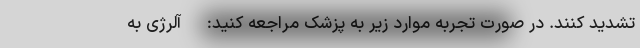
تشدید کنند. در صورت تجربه موارد زیر به پزشک مراجعه کنید: - آلرژی به